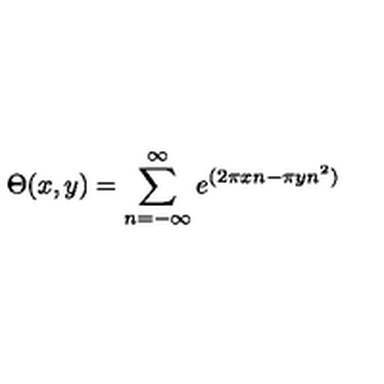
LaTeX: \Theta ( x , y ) = \sum _ { n = - \infty } ^ { \infty } e ^ { ( 2 \pi x n - \pi y n ^ { 2 } ) }